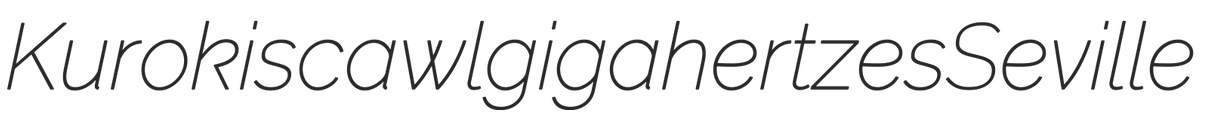
Kuroki scawl gigahertzes Seville